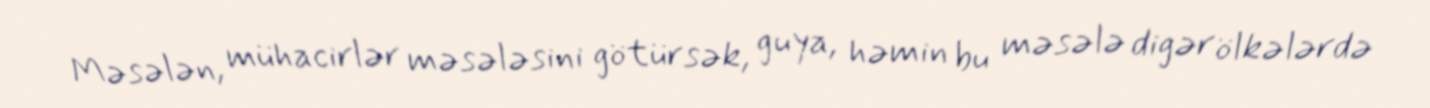
Məsələn, mühacirlər məsələsini götürsək, guya, həmin bu məsələ digər ölkələrdə